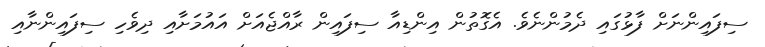
ސިފައިންނަށް ފާޅުގައި ދެމުންނެވެ. އެގޮތުން އިންޑިއާ ސިފައިން ރާއްޖެއަށް އައުމަށާއި ދިވެހި ސިފައިންނާއި